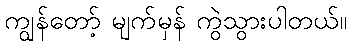
ကျွန်တော့် မျက်မှန် ကွဲသွားပါတယ်။